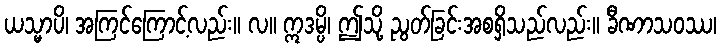
ယသ္မာပိ၊ အကြင်ကြောင့်လည်း။ လ။ ဣဒမ္ပိ၊ ဤသို့ ညွတ်ခြင်းအစရှိသည်လည်း။ ခီဏာသဝဿ၊